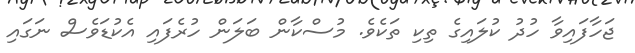
ޖަހާފައިވާ ހުދު ކުލައިގެ ތިކި ތަކެވެ. މުސްކާން ބަލަން ހުރެފައި އެކުޑަވެސް ނަގައި